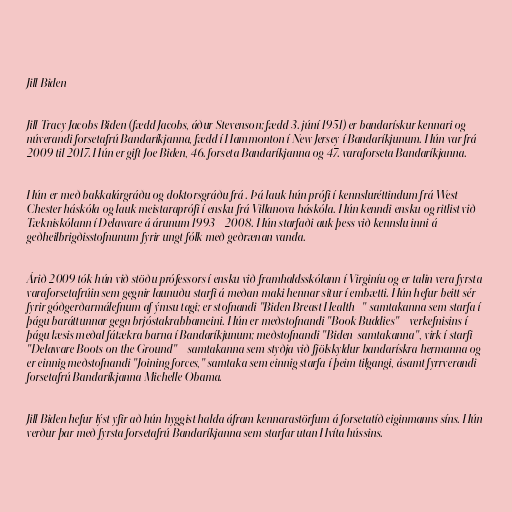
Jill Biden

Jill Tracy Jacobs Biden (fædd Jacobs, áður Stevenson; fædd 3. júní 1951) er bandarískur kennari og
núverandi forsetafrú Bandaríkjanna, fædd í Hammonton í New Jersey í Bandaríkjunum. Hún var frá
2009 til 2017. Hún er gift Joe Biden, 46. forseta Bandaríkjanna og 47. varaforseta Bandaríkjanna.

Hún er með bakkalárgráðu og doktorsgráðu frá . Þá lauk hún prófi í kennsluréttindum frá West
Chester háskóla og lauk meistaraprófi í ensku frá Villanova háskóla. Hún kenndi ensku og ritlist við
Tækniskólann í Delaware á árunum 1993 - 2008. Hún starfaði auk þess við kennslu inni á
geðheilbrigðisstofnunum fyrir ungt fólk með geðrænan vanda.

Árið 2009 tók hún við stöðu prófessors í ensku við framhaldsskólann í Virginíu og er talin vera fyrsta
varaforsetafrúin sem gegnir launuðu starfi á meðan maki hennar situr í embætti. Hún hefur beitt sér
fyrir góðgerðarmálefnum af ýmsu tagi; er stofnandi "Biden Breast Health -" samtakanna sem starfa í
þágu baráttunnar gegn brjóstakrabbameini. Hún er meðstofnandi "Book Buddies" - verkefnisins í
þágu læsis meðal fátækra barna í Bandaríkjunum; meðstofnandi "Biden-samtakanna", virk í starfi
"Delaware Boots on the Ground" - samtakanna sem styðja við fjölskyldur bandarískra hermanna og
er einnig meðstofnandi "Joining forces," samtaka sem einnig starfa í þeim tilgangi, ásamt fyrrverandi
forsetafrú Bandaríkjanna Michelle Obama.

Jill Biden hefur lýst yfir að hún hyggist halda áfram kennarastörfum á forsetatíð eiginmanns síns. Hún
verður þar með fyrsta forsetafrú Bandaríkjanna sem starfar utan Hvíta hússins.